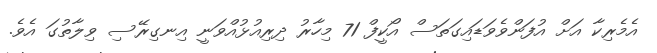
އެމެރިކާ އަށް އުފަންވެވަޑައިގަތަސް އޯކީފް 71 މިހާރު ދިރިއުޅުއްވަނީ އިނގިރޭސި ވިލާތުގަ އެވެ.